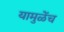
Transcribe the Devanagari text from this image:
यामुळेंच